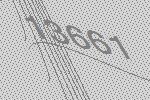
13661